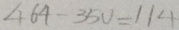
4 6 4 - 3 5 0 = 1 1 4